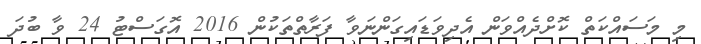
މި މަސައްކަތް ކޮށްދެއްވަން އެދިވަޑައިގަންނަވާ ފަރާތްތަކުން 2016 އޮގަސްޓު 24 ވާ ބުދަ